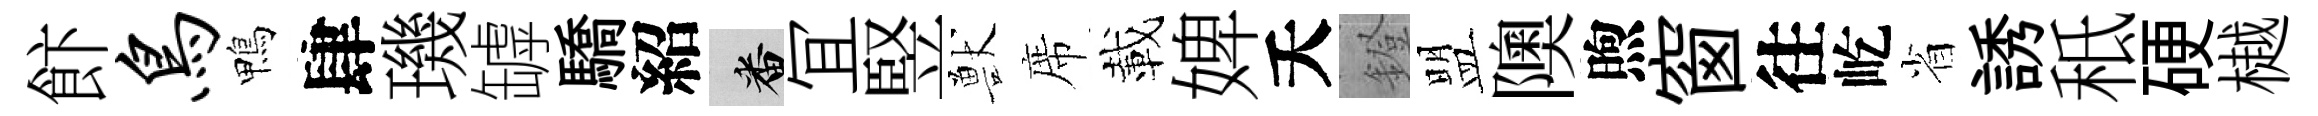
飰鸟鴨肆璣罅驕紹番冝竪獸席載婢夭鐙盟隩煦窗往屹省誘秪硬樾